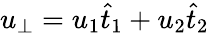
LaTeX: u_{\bot}=u_{1}\widehat{t}_{1}+u_{2}\widehat{t}_{2}